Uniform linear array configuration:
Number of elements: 8
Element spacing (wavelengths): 0.25
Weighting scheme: hamming
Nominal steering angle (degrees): -45
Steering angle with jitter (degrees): -46.939
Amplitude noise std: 0.05
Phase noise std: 0.05

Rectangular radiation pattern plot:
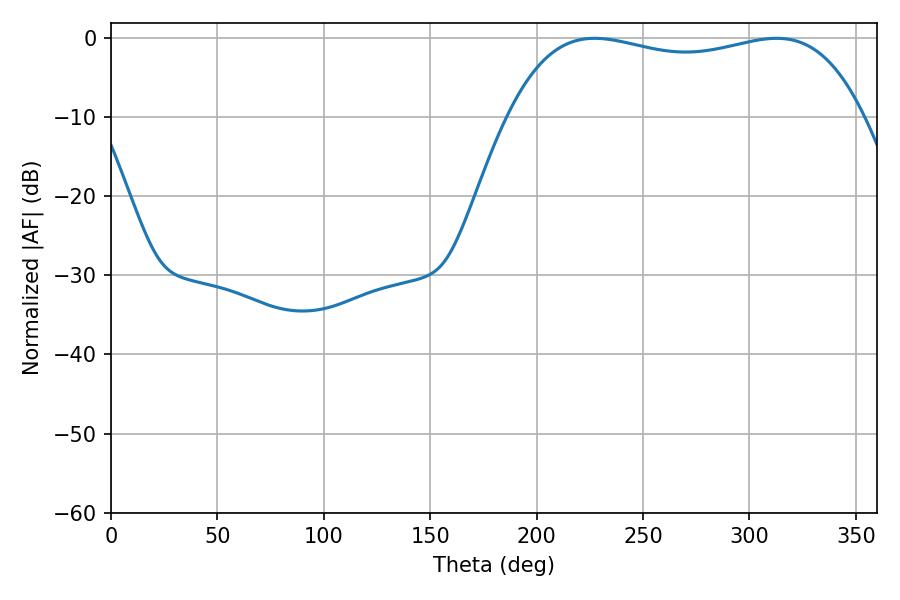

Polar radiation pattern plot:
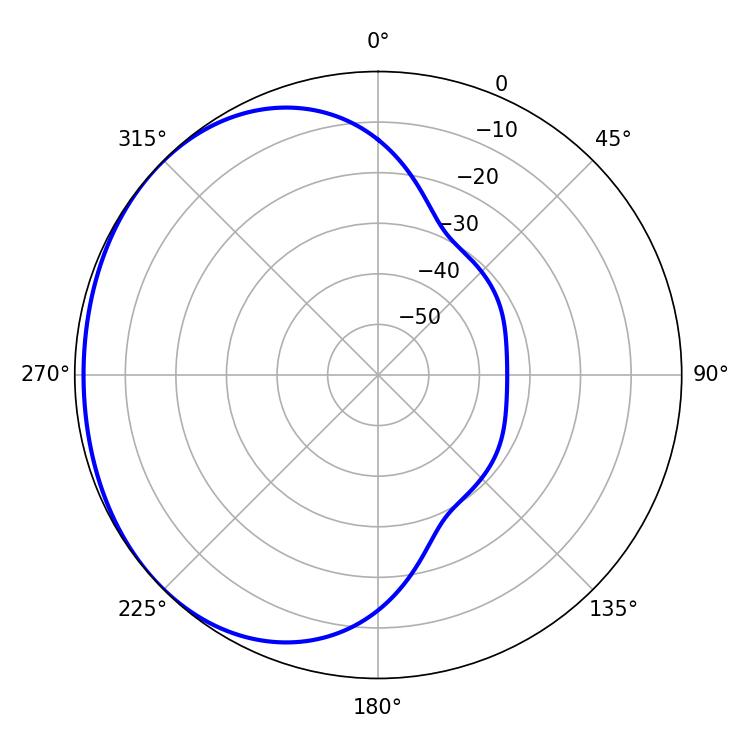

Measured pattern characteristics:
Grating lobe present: FALSE
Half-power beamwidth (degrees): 135
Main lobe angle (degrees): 227.16